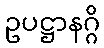
ဥပဋ္ဌာနဂ္ဂိ